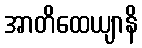
အာတိထေယျာနိ